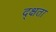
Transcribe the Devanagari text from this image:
द्क्षता